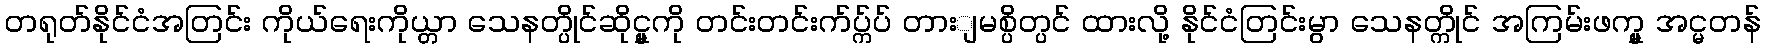
တရုတ်နိုင်ငံအတြင်း ကိုယ်ရေးကိုယ္တာ သေနတ္ပိုင်ဆိုင္မှုကို တင်းတင်းက်ပ္က်ပ် တားျမစ္ပိတ္ပင် ထားလို့ နိုင်ငံတြင်းမွာ သေနတ္ကိုင် အကြမ်းဖက္မှု အင္မတန်